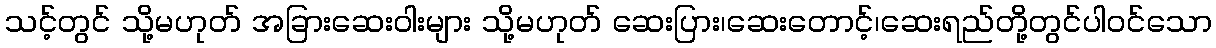
သင့်တွင် သို့မဟုတ် အခြားဆေးဝါးများ သို့မဟုတ် ဆေးပြား၊ဆေးတောင့်၊ဆေးရည်တို့တွင်ပါဝင်သော